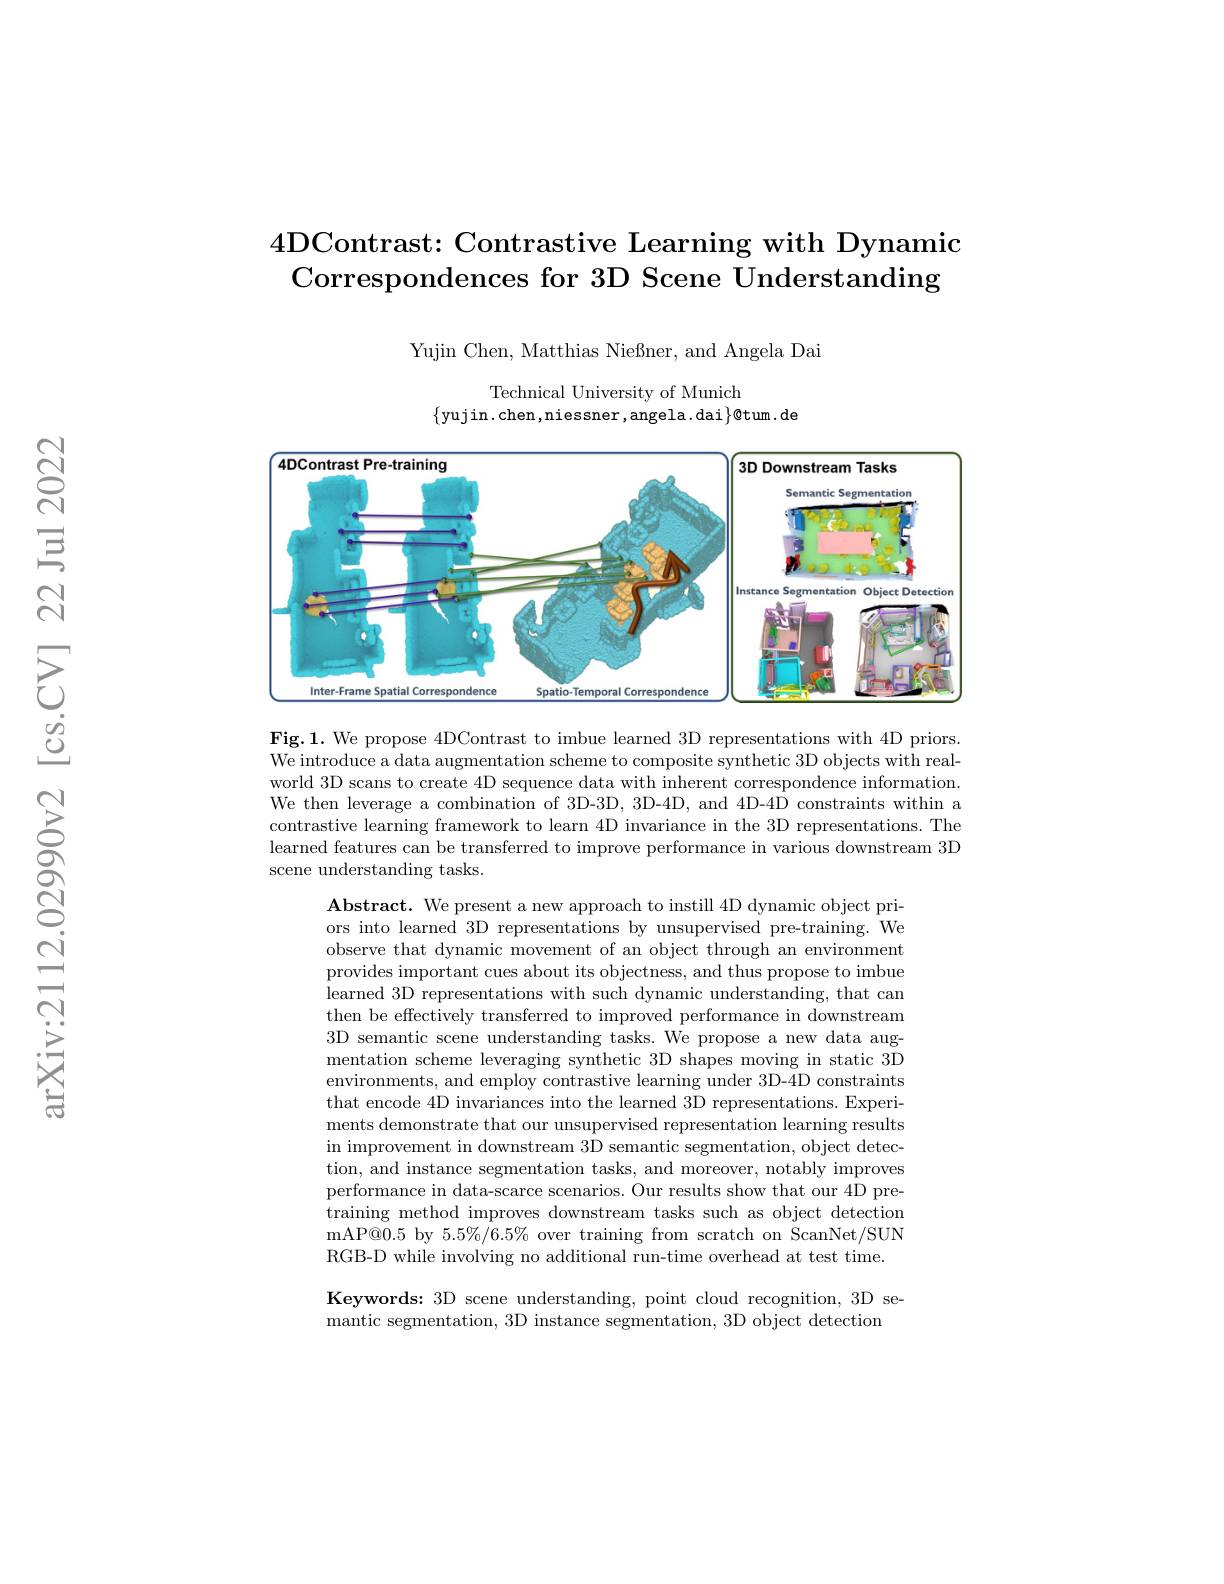
## 4DContrast: Contrastive Learning with Dynamic Correspondences for 3D Scene Understanding

Yujin Chen, Matthias Nießner, and Angela Dai
Technical University of Munich
$\{$yujin.chen,niessner,angela.dai$\}\emptyset$tum.de

<FigureHere>

Fig.1. We propose 4DContrast to imbue learned 3D representations with 4D priors. We introduce a data augmentation scheme to composite synthetic 3D objects with realworld 3D scans to create 4D sequence data with inherent correspondence information. We then leverage a combination of 3D-3D, 3D-4D, and 4D-4D constraints within a contrastive learning framework to learn 4D invariance in the 3D representations. The learned features can be transferred to improve performance in various downstream 3D scene understanding tasks.

$\textbf{Abstract. We present a new approach to instill 4D dynamic object pri- }$ ors into learned 3D representations by unsupervised pre-training. We observe that dynamic movement of an object through an environment provides important cues about its objectness, and thus propose to imbue learned 3D representations with such dynamic understanding, that can then be effectively transferred to improved performance in downstream 3D semantic scene understanding tasks. We propose a new data augmentation scheme leveraging synthetic 3D shapes moving in static 3D environments, and employ contrastive learning under 3D-4D constraints that encode 4D invariances into the learned 3D representations. Experiments demonstrate that our unsupervised representation learning results in improvement in downstream $\bar{3\text{D semantic segmentation, object detec-}}$ tion, and instance segmentation tasks, and moreover, notably improves performance in data-scarce scenarios. Our results show that our 4D pretraining method improves downstream tasks such as object detection mAP@0.5 by 5.5%/6.5% over training from scratch on ScanNet/SUN RGB-D while involving no additional run-time overhead at test time.

Keywords: 3D scene understanding, point cloud recognition, 3D se-
mantic segmentation, 3D instance segmentation, 3D object detection